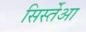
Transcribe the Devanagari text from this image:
सिर्स्तेआ